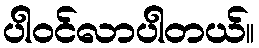
ပါဝင်လာပါတယ်။